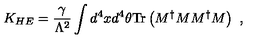
K _ { H E } = { \frac { \gamma } { \Lambda ^ { 2 } } } \int d ^ { 4 } x d ^ { 4 } \theta \mathrm { T r } \left( M ^ { \dag } M M ^ { \dag } M \right) \ ,